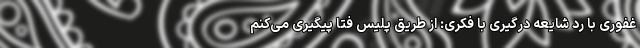
غفوری با رد شایعه درگیری‌ با فکری: از طریق پلیس فتا پیگیری می‌کنم